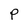
Character: p